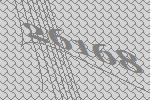
26168